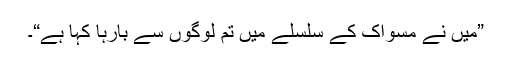
”میں نے مسواک کے سلسلے میں تم لوگوں سے بارہا کہا ہے“۔